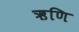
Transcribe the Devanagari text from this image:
ऋणि